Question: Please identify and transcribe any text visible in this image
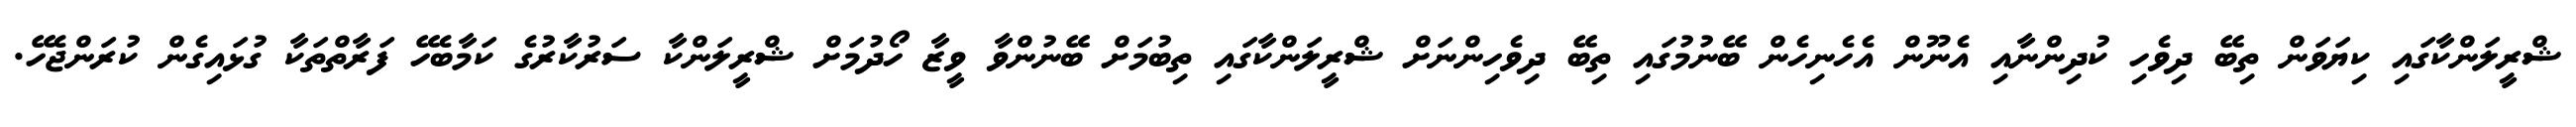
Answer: ޝްރީލަންކާގައި ކިޔަވަން ތިބޭ ދިވެހި ކުދިންނާއި އެނޫން އެހެނިހެން ބޭނުމުގައި ތިބޭ ދިވެހިންނަށް ޝްރީލަންކާގައި ތިބުމަށް ބޭނުންވާ ވީޒާ ހޯދުމަށް ޝްރީލަންކާ ސަރުކާރުގެ ކަމާބެހޭ ފަރާތްތަކާ ގުޅައިގެން ކުރަންޖެހޭ.